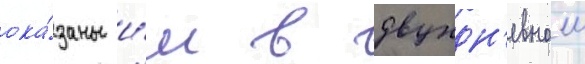
ока́заны и́м в двухдн'евном